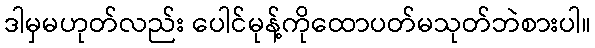
ဒါမှမဟုတ်လည်း ပေါင်မုန့်ကိုထောပတ်မသုတ်ဘဲစားပါ။